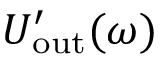
U _ { \mathrm { o u t } } ^ { \prime } ( \omega )